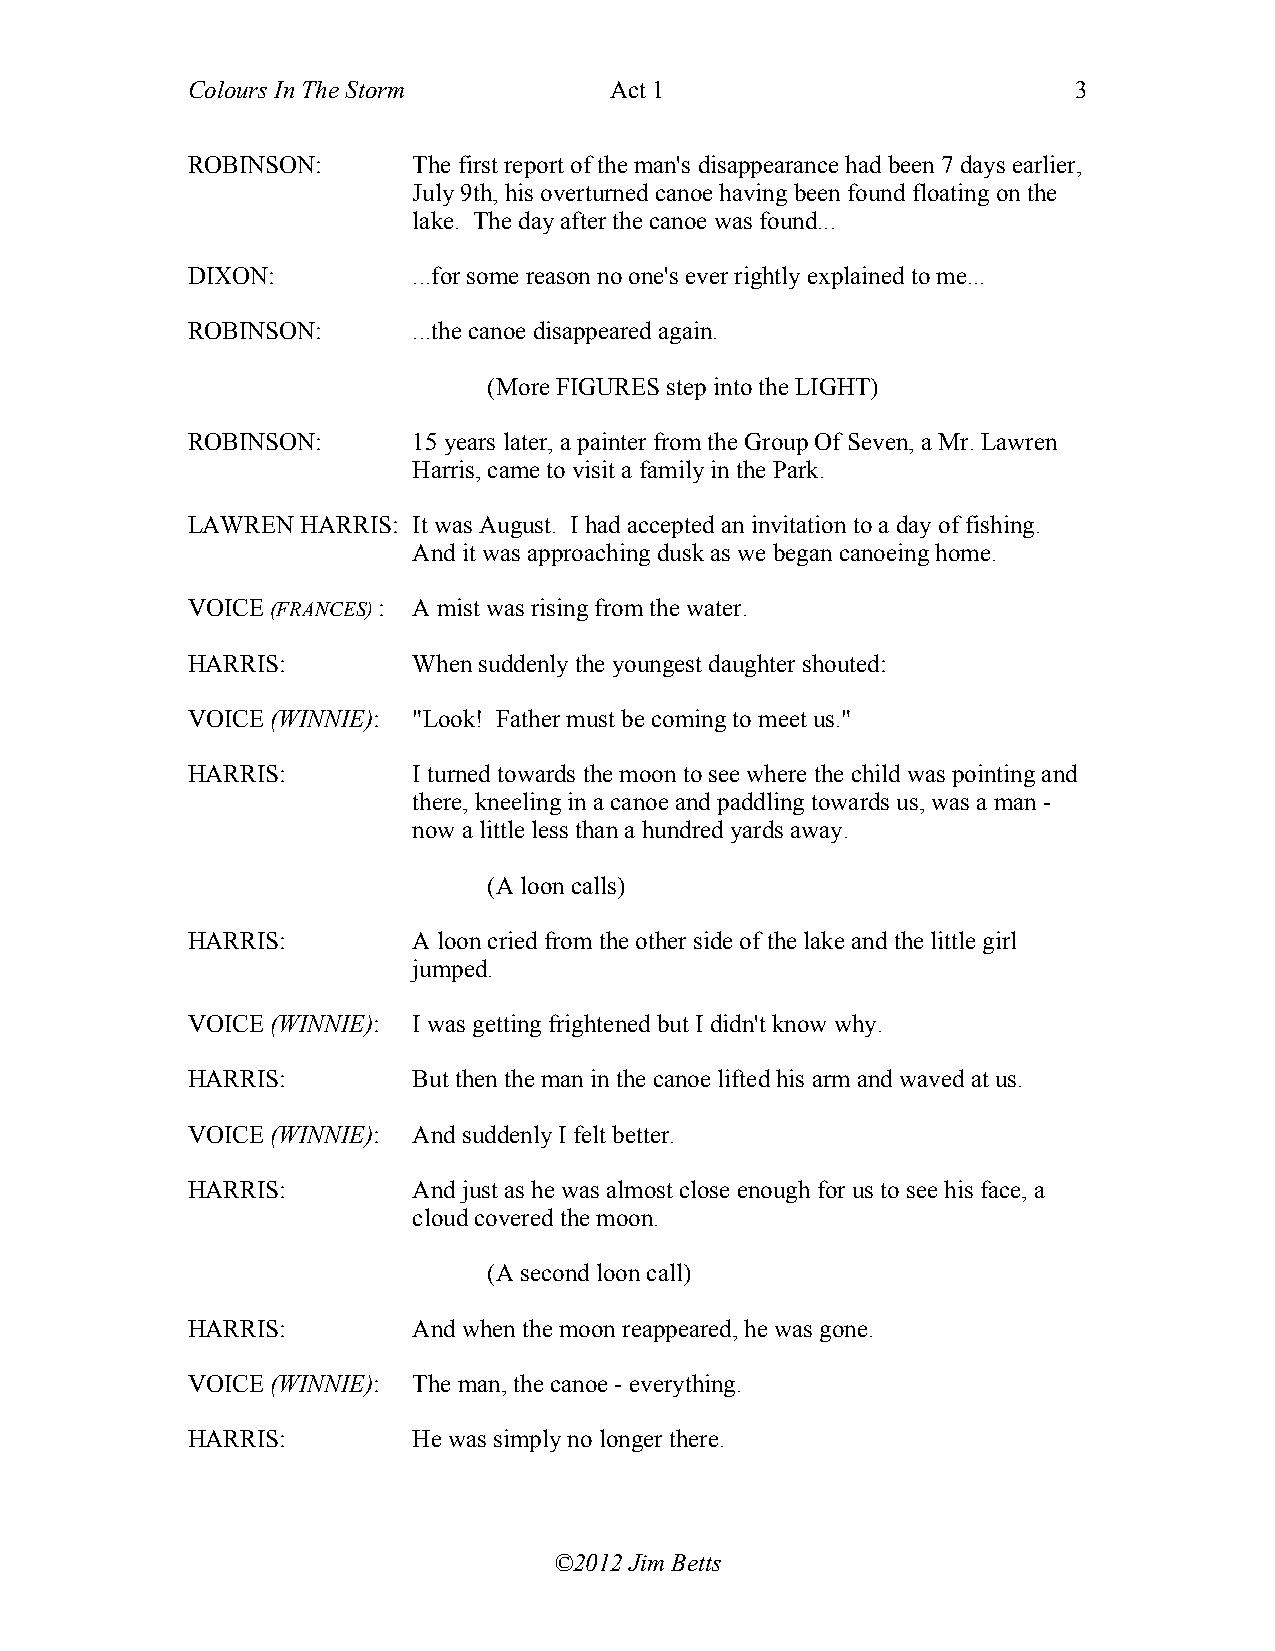
Colours In The Storm        Act 1                          3
 ROBINSON:      The first report of the man's disappearance had been 7 days earlier,
 July 9th, his overturned canoe having been found floating on the
 lake. The day after the canoe was found...
 DIXON:         ...for some reason no one's ever rightly explained to me...
 ROBINSON:      ...the canoe disappeared again.
 (More FIGURES step into the LIGHT)
 ROBINSON:      15 years later, a painter from the Group Of Seven, a Mr. Lawren
 Harris, came to visit a family in the Park.
 LAWREN  HARRIS: It was August. I had accepted an invitation to a day of fishing.
 And it was approaching dusk as we began canoeing home.
 VOICE (FRANCES) : A mist was rising from the water.
 HARRIS:        When suddenly the youngest daughter shouted:
 VOICE (WINNIE): "Look! Father must be coming to meet us."
 HARRIS:        I turned towards the moon to see where the child was pointing and
 there, kneeling in a canoe and paddling towards us, was a man -
 now a little less than a hundred yards away.
 (A loon calls)
 HARRIS:        A loon cried from the other side of the lake and the little girl
 jumped.
 VOICE (WINNIE): I was getting frightened but I didn't know why.
 HARRIS:        But then the man in the canoe lifted his arm and waved at us.
 VOICE (WINNIE): And suddenly I felt better.
 HARRIS:        And just as he was almost close enough for us to see his face, a
 cloud covered the moon.
 (A second loon call)
 HARRIS:        And when the moon reappeared, he was gone.
 VOICE (WINNIE): The man, the canoe - everything.
 HARRIS:        He was simply no longer there.
 ©2012 Jim Betts